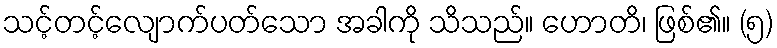
သင့်တင့်လျောက်ပတ်သော အခါကို သိသည်။ ဟောတိ၊ ဖြစ်၏။ (၅)